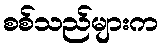
စစ်သည်များက